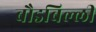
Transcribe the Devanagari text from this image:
बौडबिल्ली